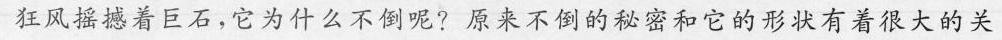
狂风摇撼着巨石，它为什么不倒呢?原来不倒的秘密和它的形状有着很大的关